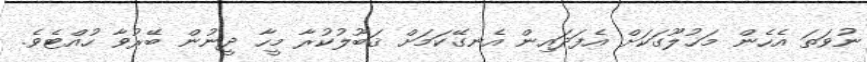
ނުވަތަ އެހެން މަޚުލޫގަކަށް އެފަދައިން އެނގޭކަމަށް ޤަބޫލުކުރާ މީހާ ދީނުން ބޭރުވާ ހުއްޓެވެ.